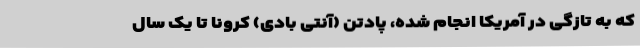
که به تازگی در آمریکا انجام شده، پادتن (آنتی بادی) کرونا تا یک سال